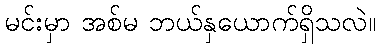
မင်းမှာ အစ်မ ဘယ်နှယောက်ရှိသလဲ။